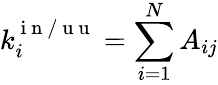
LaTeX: k_{i}^{\mathrm{~i~n~/~u~u~}}=\sum_{i=1}^{N}A_{ij}